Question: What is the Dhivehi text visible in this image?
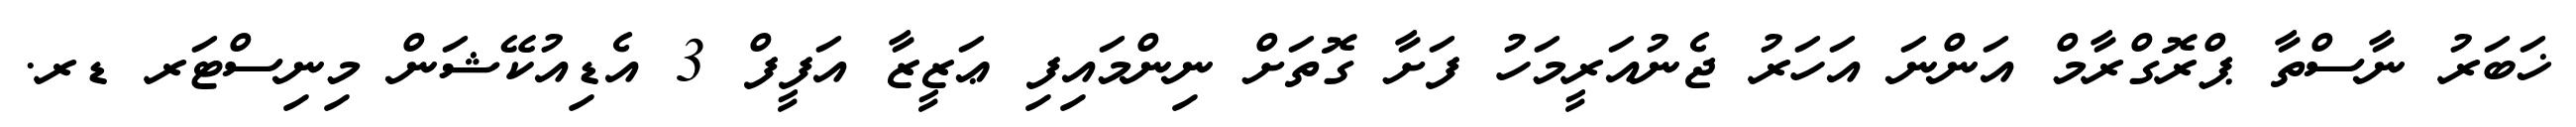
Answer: ޚަބަރު ނާސްތާ ޕްރޮގްރާމް އަންނަ އަހަރު ޖެނުއަރީމަހު ފަށާ ގޮތަށް ނިންމައިފި ޢަޒީޒާ އަފީފް 3 އެޑިއުކޭޝަން މިނިސްޓަރ ޑރ.